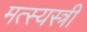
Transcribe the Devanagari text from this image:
मत्स्यस्त्री